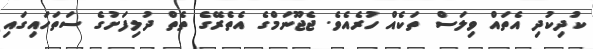
ކުދިކުދި އެތައް ވިލަސް ތަކެއް ހުރެއެވެ. ޖެޖޫނަމްގެ އެެތެރޭގެ ތެތް ދުލިފަށުގެ ސަތަހައިގައި